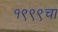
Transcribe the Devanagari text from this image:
१९९९चा